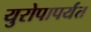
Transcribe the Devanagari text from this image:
युरोपापर्यंत